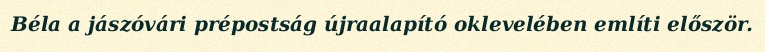
Béla a jászóvári prépostság újraalapító oklevelében említi először.